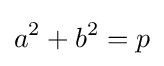
a^{2}+b^{2}=p